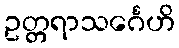
ဥတ္တရာသင်္ဂေဟိ